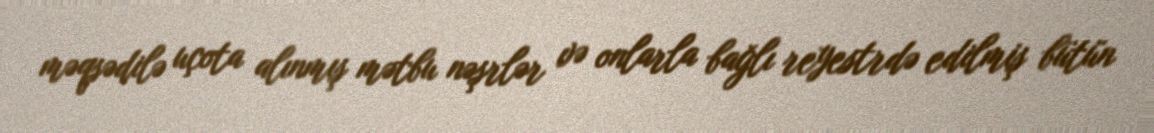
məqsədilə uçota alınmış mətbu nəşrlər və onlarla bağlı reyestrdə edilmiş bütün